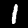
Label: 1